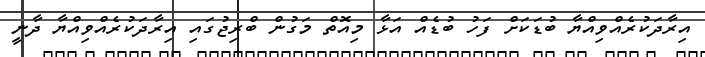
އިރާދަކުރެއްވިއްޔާ ބުޑަކަށް ފަހު ބުޑެއް އަޅާ މިއޮތް މަގުން ބްރިޖުގައި އިރާދަކުރެއްވިއްޔާ ދާނީ